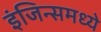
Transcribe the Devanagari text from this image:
इंजिन्समध्ये